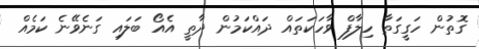
ގޮތުން ހަގީގަތާ ހިލާފް ވާހަކަތައް ދައްކަމުން ދާތީ އެއޯ ބަލައި ގަނެވޭނެ ކަމެއް